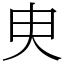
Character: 㬰